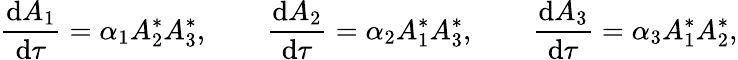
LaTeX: \frac{\mathrm{d}{A_{1}}}{\mathrm{d}{\tau}}=\alpha_{1}A_{2}^{*}A_{3}^{*},\qquad\frac{\mathrm{d}{A_{2}}}{\mathrm{d}{\tau}}=\alpha_{2}A_{1}^{*}A_{3}^{*},\qquad\frac{\mathrm{d}{A_{3}}}{\mathrm{d}{\tau}}=\alpha_{3}A_{1}^{*}A_{2}^{*},